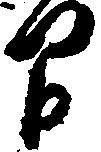
間